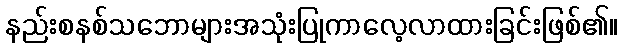
နည်းစနစ်သဘောများအသုံးပြုကာလေ့လာထားခြင်းဖြစ်၏။